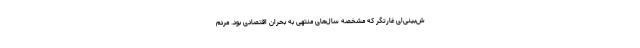
ش‌بینی‌ای غارتگر که مشخصهٔ سال‌های منتهی به بحران اقتصادی بود. مردم